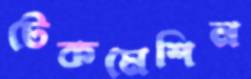
টেকমেশিন